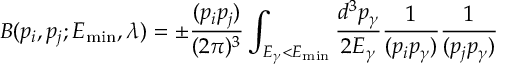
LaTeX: B ( p _ { i } , p _ { j } ; E _ { \mathrm { { m i n } } } , \lambda ) = \pm \frac { ( p _ { i } p _ { j } ) } { ( 2 \pi ) ^ { 3 } } \int _ { E _ { \gamma } < E _ { \mathrm { m i n } } } \frac { d ^ { 3 } p _ { \gamma } } { 2 E _ { \gamma } } \frac { 1 } { ( p _ { i } p _ { \gamma } ) } \frac { 1 } { ( p _ { j } p _ { \gamma } ) }